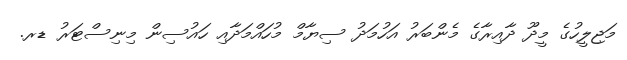
މަޖިލީހުގެ މީދޫ ދާއިރާގެ މެންބަރު އަހުމަދު ސިޔާމް މުހައްމަދާއި ހައުސިން މިނިސްޓަރު ޑރ.